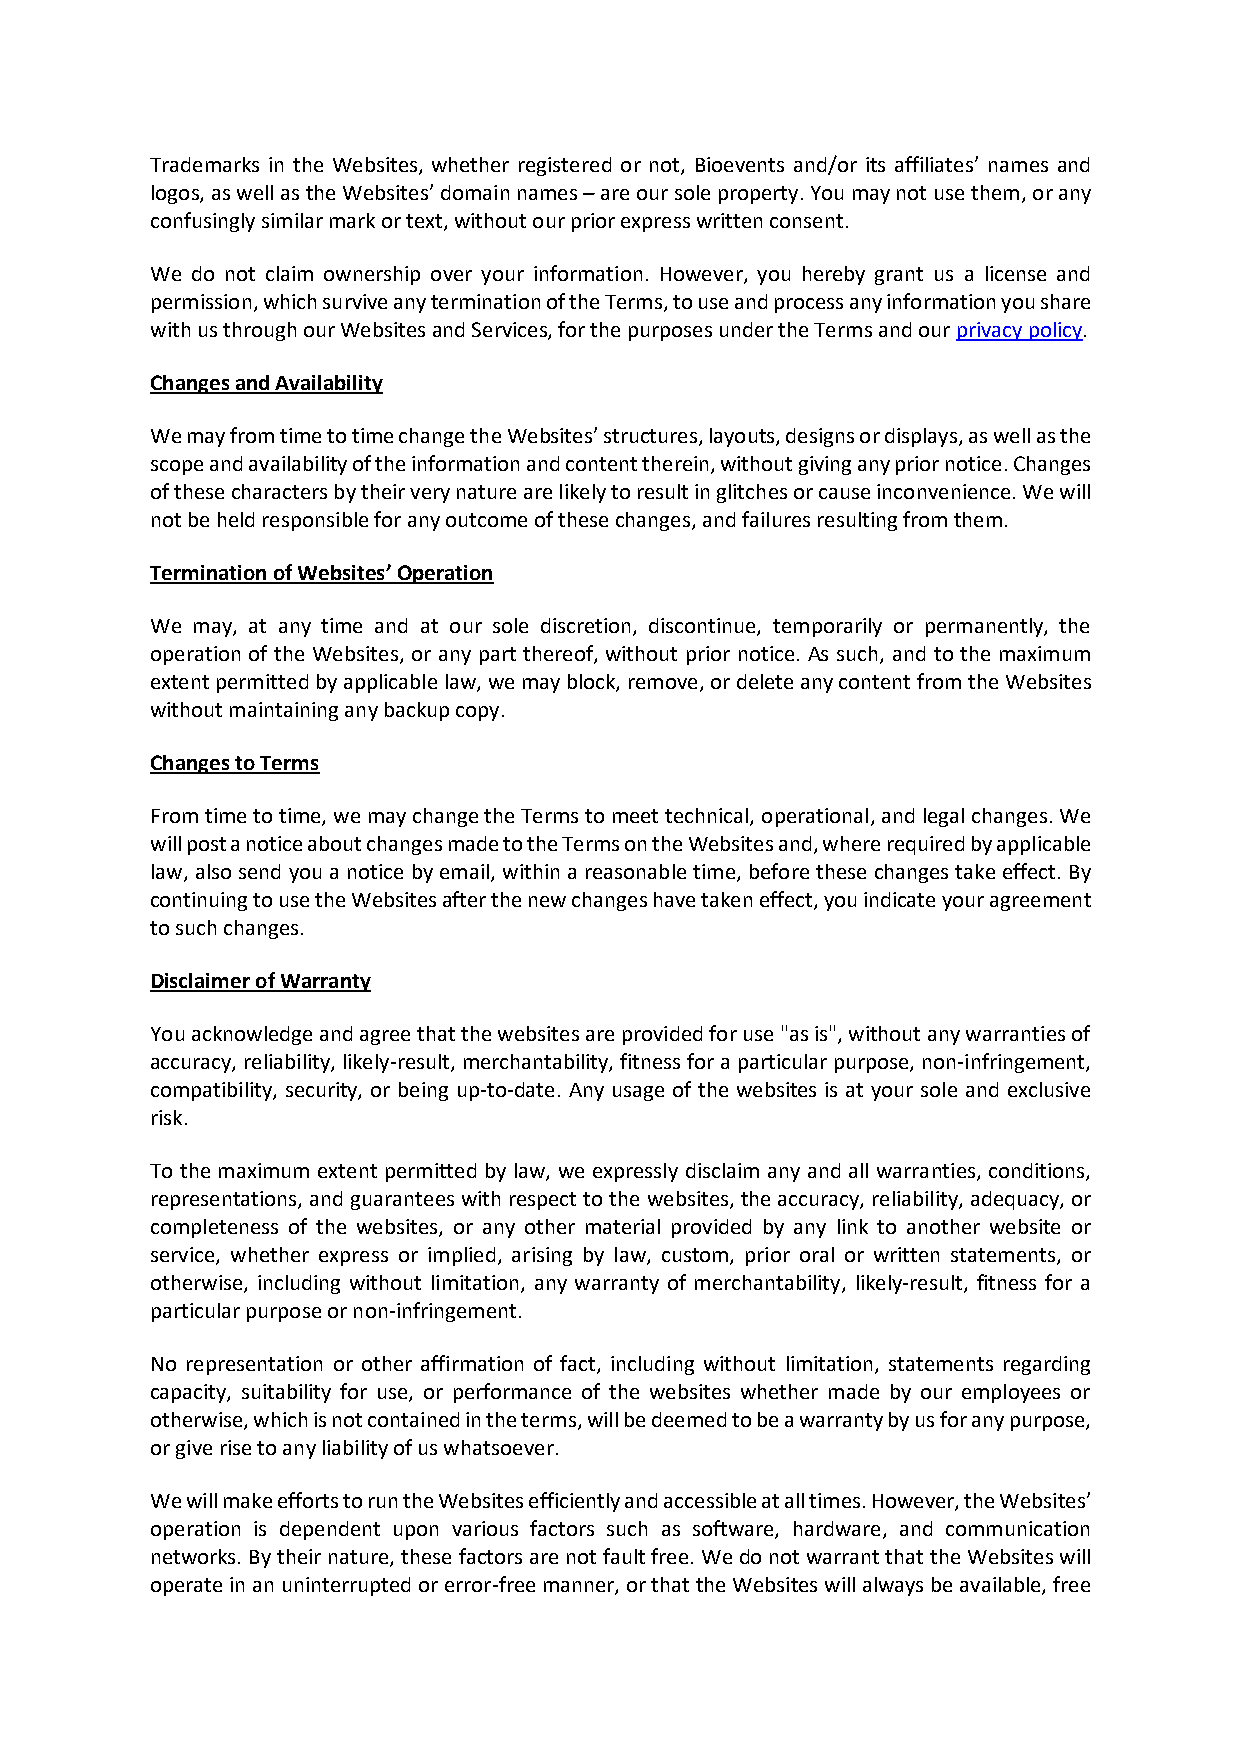
Trademarks in the Websites, whether registered or not, Bioevents and/or its affiliates’ names and
 logos, as well as the Websites’ domain names – are our sole property. You may not use them, or any
 confusingly similar mark or text, without our prior express written consent.
 We do not claim ownership over your information. However, you hereby grant us a license and
 permission, which survive any termination of the Terms, to use and process any information you share
 with us through our Websites and Services, for the purposes under the Terms and our privacy policy.
 Changes and Availability
 We may from time to time change the Websites’ structures, layouts, designs or displays, as well as the
 scope and availability of the information and content therein, without giving any prior notice. Changes
 of these characters by their very nature are likely to result in glitches or cause inconvenience. We will
 not be held responsible for any outcome of these changes, and failures resulting from them.
 Termination of Websites’ Operation
 We may, at any time and at our sole discretion, discontinue, temporarily or permanently, the
 operation of the Websites, or any part thereof, without prior notice. As such, and to the maximum
 extent permitted by applicable law, we may block, remove, or delete any content from the Websites
 without maintaining any backup copy.
 Changes to Terms
 From time to time, we may change the Terms to meet technical, operational, and legal changes. We
 will post a notice about changes made to the Terms on the Websites and, where required by applicable
 law, also send you a notice by email, within a reasonable time, before these changes take effect. By
 continuing to use the Websites after the new changes have taken effect, you indicate your agreement
 to such changes.
 Disclaimer of Warranty
 You acknowledge and agree that the websites are provided for use "as is", without any warranties of
 accuracy, reliability, likely-result, merchantability, fitness for a particular purpose, non-infringement,
 compatibility, security, or being up-to-date. Any usage of the websites is at your sole and exclusive
 risk.
 To the maximum extent permitted by law, we expressly disclaim any and all warranties, conditions,
 representations, and guarantees with respect to the websites, the accuracy, reliability, adequacy, or
 completeness of the websites, or any other material provided by any link to another website or
 service, whether express or implied, arising by law, custom, prior oral or written statements, or
 otherwise, including without limitation, any warranty of merchantability, likely-result, fitness for a
 particular purpose or non-infringement.
 No representation or other affirmation of fact, including without limitation, statements regarding
 capacity, suitability for use, or performance of the websites whether made by our employees or
 otherwise, which is not contained in the terms, will be deemed to be a warranty by us for any purpose,
 or give rise to any liability of us whatsoever.
 We will make efforts to run the Websites efficiently and accessible at all times. However, the Websites’
 operation is dependent upon various factors such as software, hardware, and communication
 networks. By their nature, these factors are not fault free. We do not warrant that the Websites will
 operate in an uninterrupted or error-free manner, or that the Websites will always be available, free